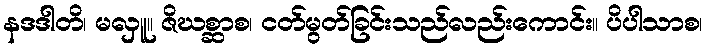
နဒဒါတိ၊ မလှူ။ ဇိဃစ္ဆာစ၊ ငတ်မွတ်ခြင်းသည်လည်းကောင်း။ ပိပါသာစ၊